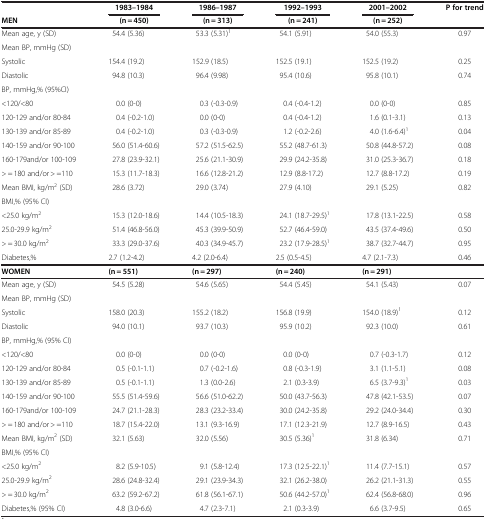
<table><thead><tr><td><b> </b></td><td><b>1983–1984</b></td><td><b>1986–1987</b></td><td><b>1992–1993</b></td><td><b>2001–2002</b></td><td><b>P for trend</b></td></tr><tr><td><b>MEN</b></td><td><b>(n = 450)</b></td><td><b>(n = 313)</b></td><td><b>(n = 241)</b></td><td><b>(n = 252)</b></td><td><b> </b></td></tr></thead><tbody><tr><td>Mean age, y (SD)</td><td>54.4 (5.36)</td><td>53.3 (5.31)<sup>1</sup></td><td>54.1 (5.91)</td><td>54.0 (55.3)</td><td>0.97</td></tr><tr><td>Mean BP, mmHg (SD)</td><td> </td><td> </td><td> </td><td> </td><td> </td></tr><tr><td>Systolic</td><td>154.4 (19.2)</td><td>152.9 (18.5)</td><td>152.5 (19.1)</td><td>152.5 (19.2)</td><td>0.25</td></tr><tr><td>Diastolic</td><td>94.8 (10.3)</td><td>96.4 (9.98)</td><td>95.4 (10.6)</td><td>95.8 (10.1)</td><td>0.74</td></tr><tr><td>BP, mmHg,% (95%CI)</td><td> </td><td> </td><td> </td><td> </td><td> </td></tr><tr><td>&lt;120/&lt;80</td><td>0.0 (0-0)</td><td>0.3 (-0.3-0.9)</td><td>0.4 (-0.4-1.2)</td><td>0.0 (0-0)</td><td>0.85</td></tr><tr><td>120-129 and/or 80-84</td><td>0.4 (-0.2-1.0)</td><td>0.0 (0-0)</td><td>0.4 (-0.4-1.2)</td><td>1.6 (0.1-3.1)</td><td>0.13</td></tr><tr><td>130-139 and/or 85-89</td><td>0.4 (-0.2-1.0)</td><td>0.3 (-0.3-0.9)</td><td>1.2 (-0.2-2.6)</td><td>4.0 (1.6-6.4)<sup>1</sup></td><td>0.04</td></tr><tr><td>140-159 and/or 90-100</td><td>56.0 (51.4-60.6)</td><td>57.2 (51.5-62.5)</td><td>55.2 (48.7-61.3)</td><td>50.8 (44.8-57.2)</td><td>0.08</td></tr><tr><td>160-179and/or 100-109</td><td>27.8 (23.9-32.1)</td><td>25.6 (21.1-30.9)</td><td>29.9 (24.2-35.8)</td><td>31.0 (25.3-36.7)</td><td>0.18</td></tr><tr><td>&gt; = 180 and/or &gt; =110</td><td>15.3 (11.7-18.3)</td><td>16.6 (12.8-21.2)</td><td>12.9 (8.8-17.2)</td><td>12.7 (8.8-17.2)</td><td>0.19</td></tr><tr><td>Mean BMI, kg/m<sup>2</sup> (SD)</td><td>28.6 (3.72)</td><td>29.0 (3.74)</td><td>27.9 (4.10)</td><td>29.1 (5.25)</td><td>0.82</td></tr><tr><td>BMI,% (95% CI)</td><td> </td><td> </td><td> </td><td> </td><td> </td></tr><tr><td>&lt;25.0 kg/m<sup>2</sup></td><td>15.3 (12.0-18.6)</td><td>14.4 (10.5-18.3)</td><td>24.1 (18.7-29.5)<sup>1</sup></td><td>17.8 (13.1-22.5)</td><td>0.58</td></tr><tr><td>25.0-29.9 kg/m<sup>2</sup></td><td>51.4 (46.8-56.0)</td><td>45.3 (39.9-50.9)</td><td>52.7 (46.4-59.0)</td><td>43.5 (37.4-49.6)</td><td>0.50</td></tr><tr><td>&gt; = 30.0 kg/m<sup>2</sup></td><td>33.3 (29.0-37.6)</td><td>40.3 (34.9-45.7)</td><td>23.2 (17.9-28.5)<sup>1</sup></td><td>38.7 (32.7-44.7)</td><td>0.95</td></tr><tr><td>Diabetes,%</td><td>2.7 (1.2-4.2)</td><td>4.2 (2.0-6.4)</td><td>2.5 (0.5-4.5)</td><td>4.7 (2.1-7.3)</td><td>0.46</td></tr><tr><td><b>WOMEN</b></td><td><b>(n = 551)</b></td><td><b>(n = 297)</b></td><td><b>(n = 240)</b></td><td><b>(n = 291)</b></td><td> </td></tr><tr><td>Mean age, y (SD)</td><td>54.5 (5.28)</td><td>54.6 (5.65)</td><td>54.4 (5.45)</td><td>54.1 (5.43)</td><td>0.07</td></tr><tr><td>Mean BP, mmHg (SD)</td><td> </td><td> </td><td> </td><td> </td><td> </td></tr><tr><td>Systolic</td><td>158.0 (20.3)</td><td>155.2 (18.2)</td><td>156.8 (19.9)</td><td>154.0 (18.9)<sup>1</sup></td><td>0.12</td></tr><tr><td>Diastolic</td><td>94.0 (10.1)</td><td>93.7 (10.3)</td><td>95.9 (10.2)</td><td>92.3 (10.0)</td><td>0.61</td></tr><tr><td>BP, mmHg,% (95% CI)</td><td> </td><td> </td><td> </td><td> </td><td> </td></tr><tr><td>&lt;120/&lt;80</td><td>0.0 (0-0)</td><td>0.0 (0-0)</td><td>0.0 (0-0)</td><td>0.7 (-0.3-1.7)</td><td>0.12</td></tr><tr><td>120-129 and/or 80-84</td><td>0.5 (-0.1-1.1)</td><td>0.7 (-0.2-1.6)</td><td>0.8 (-0.3-1.9)</td><td>3.1 (1.1-5.1)</td><td>0.08</td></tr><tr><td>130-139 and/or 85-89</td><td>0.5 (-0.1-1.1)</td><td>1.3 (0.0-2.6)</td><td>2.1 (0.3-3.9)</td><td>6.5 (3.7-9.3)<sup>1</sup></td><td>0.03</td></tr><tr><td>140-159 and/or 90-100</td><td>55.5 (51.4-59.6)</td><td>56.6 (51.0-62.2)</td><td>50.0 (43.7-56.3)</td><td>47.8 (42.1-53.5)</td><td>0.07</td></tr><tr><td>160-179and/or 100-109</td><td>24.7 (21.1-28.3)</td><td>28.3 (23.2-33.4)</td><td>30.0 (24.2-35.8)</td><td>29.2 (24.0-34.4)</td><td>0.30</td></tr><tr><td>&gt; = 180 and/or &gt; =110</td><td>18.7 (15.4-22.0)</td><td>13.1 (9.3-16.9)</td><td>17.1 (12.3-21.9)</td><td>12.7 (8.9-16.5)</td><td>0.43</td></tr><tr><td>Mean BMI, kg/m<sup>2</sup> (SD)</td><td>32.1 (5.63)</td><td>32.0 (5.56)</td><td>30.5 (5.36)<sup>1</sup></td><td>31.8 (6.34)</td><td>0.71</td></tr><tr><td>BMI,% (95% CI)</td><td> </td><td> </td><td> </td><td> </td><td> </td></tr><tr><td>&lt;25.0 kg/m<sup>2</sup></td><td>8.2 (5.9-10.5)</td><td>9.1 (5.8-12.4)</td><td>17.3 (12.5-22.1)<sup>1</sup></td><td>11.4 (7.7-15.1)</td><td>0.57</td></tr><tr><td>25.0-29.9 kg/m<sup>2</sup></td><td>28.6 (24.8-32.4)</td><td>29.1 (23.9-34.3)</td><td>32.1 (26.2-38.0)</td><td>26.2 (21.1-31.3)</td><td>0.55</td></tr><tr><td>&gt; = 30.0 kg/m<sup>2</sup></td><td>63.2 (59.2-67.2)</td><td>61.8 (56.1-67.1)</td><td>50.6 (44.2-57.0)<sup>1</sup></td><td>62.4 (56.8-68.0)</td><td>0.96</td></tr><tr><td>Diabetes,% (95% CI)</td><td>4.8 (3.0-6.6)</td><td>4.7 (2.3-7.1)</td><td>2.1 (0.3-3.9)</td><td>6.6 (3.7-9.5)</td><td>0.65</td></tr></tbody></table>